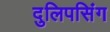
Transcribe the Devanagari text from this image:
दुलिपसिंग